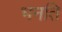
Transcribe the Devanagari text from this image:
भनति